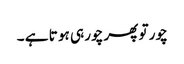
چور تو پھر چور ہی ہو تا ہے ۔